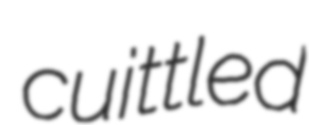
cuittled